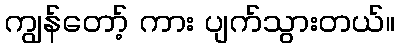
ကျွန်တော့် ကား ပျက်သွားတယ်။